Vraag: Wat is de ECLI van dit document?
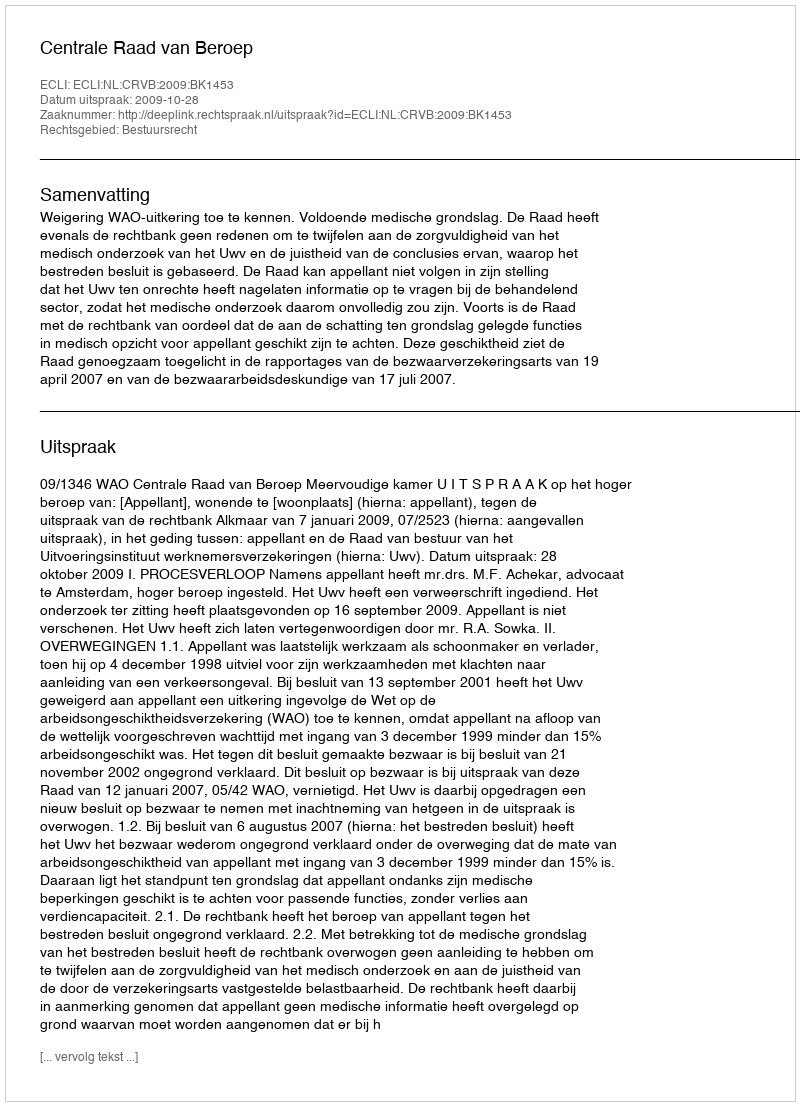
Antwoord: ECLI:NL:CRVB:2009:BK1453